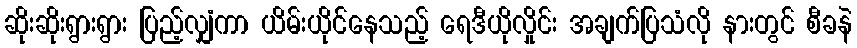
ဆိုးဆိုးရွားရွား ပြည့်လျှံကာ ယိမ်းယိုင်နေသည့် ရေဒီယိုလှိုင်း အချက်ပြသံလို နားတွင် စီခနဲ